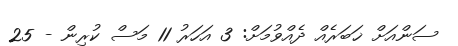
ސަންއަށް ޚަބަރެއް ދެއްވުމަށް: 3 އަހަރު 11 މަސް ކުރިން - 25